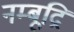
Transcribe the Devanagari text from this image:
नम्बूद्रि